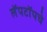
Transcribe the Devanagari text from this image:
लॅपटॉपचे